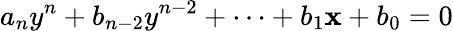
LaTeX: a_{n}y^{n}+b_{n-2}y^{n-2}+\dots+b_{1}\mathbf{x}+b_{0}=0